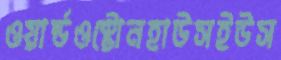
ওয়ার্ল্ডওস্টোনহাউসইউস